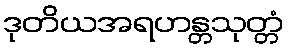
ဒုတိယအရဟန္တသုတ္တံ